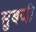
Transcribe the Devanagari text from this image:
सुबजी